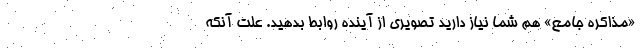
«مذاكره جامع» هم شما نياز داريد تصويري از آينده روابط بدهيد. علت آنكه